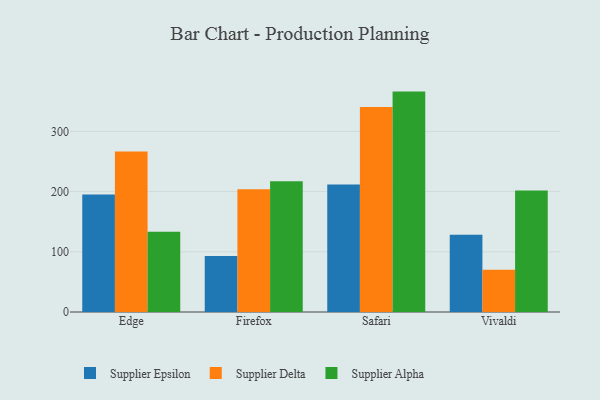
{"axis": {"x": "Browser", "y": "LTV (USD)"}, "legend": ["Supplier Alpha", "Supplier Delta", "Supplier Epsilon"], "data": [{"x": "Edge", "y": 195.1, "type": "Supplier Epsilon"}, {"x": "Edge", "y": 266.6, "type": "Supplier Delta"}, {"x": "Edge", "y": 133.5, "type": "Supplier Alpha"}, {"x": "Firefox", "y": 93.0, "type": "Supplier Epsilon"}, {"x": "Firefox", "y": 203.8, "type": "Supplier Delta"}, {"x": "Firefox", "y": 217.2, "type": "Supplier Alpha"}, {"x": "Safari", "y": 211.8, "type": "Supplier Epsilon"}, {"x": "Safari", "y": 340.7, "type": "Supplier Delta"}, {"x": "Safari", "y": 366.1, "type": "Supplier Alpha"}, {"x": "Vivaldi", "y": 128.5, "type": "Supplier Epsilon"}, {"x": "Vivaldi", "y": 70.3, "type": "Supplier Delta"}, {"x": "Vivaldi", "y": 201.9, "type": "Supplier Alpha"}]}